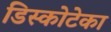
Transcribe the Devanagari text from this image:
डिस्कोटेका